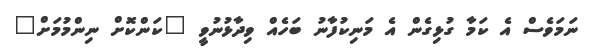
ނަމަވެސް އެ ކަމާ ގުޅިގެން އެ މަނިކުފާނު ބަހެއް ވިދާޅުނުވީ "ކަންކޮށް ނިންމުމަށް"